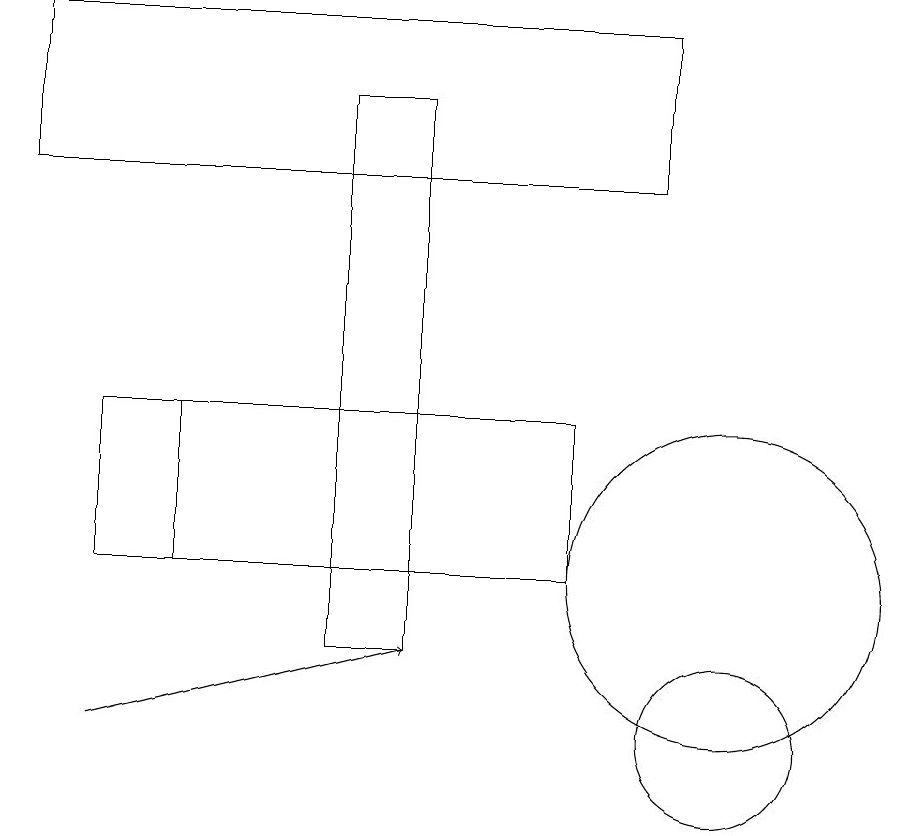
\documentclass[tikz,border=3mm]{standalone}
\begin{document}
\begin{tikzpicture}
\draw[->] (2,10) -- (6,11);
\draw (10,12) circle (2);
\draw (8,14) rectangle (2,12);
\draw (10,10) circle (1);
\draw (9,19) rectangle (1,17);
\draw (6,18) rectangle (5,11);
\draw (6,14) rectangle (3,12);
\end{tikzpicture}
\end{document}